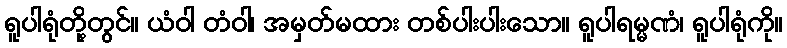
ရူပါရုံတို့တွင်။ ယံဝါ တံဝါ၊ အမှတ်မထား တစ်ပါးပါးသော။ ရူပါရမ္မဏံ၊ ရူပါရုံကို။